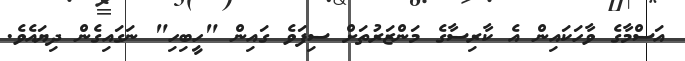
އަސްމާގެ ވާހަކައިން އެ ކާރިސާގެ މަންޒަރުތަށް ސިފަވެ ގައިން "ހީބިހި" ނަގައިގެން ދިޔައެވެ.